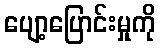
ပျော့ပြောင်းမှုကို